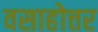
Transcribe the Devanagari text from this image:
वसाहोत्तर